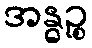
အန္ဓဉ္စ